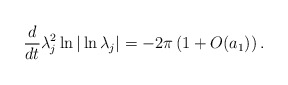
\begin{align*}\frac{d}{dt}\lambda_{j}^{2}\ln |\ln\lambda_{j}|=-2\pi\left(1+O(a_{1})\right).\end{align*}